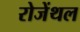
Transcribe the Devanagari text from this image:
रोजेंथल